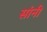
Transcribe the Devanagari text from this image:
सांनी